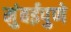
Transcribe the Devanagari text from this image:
मुंबईपुणे